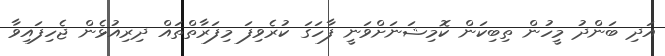
އަދި ބަންދު މީހުން ތިބިކަން ކޮމިޝަނަށްވަނީ ފާހަގަ ކުރެވިފަ މިފަރާތްތައް ދިރިއުޅެން ޖެހިފައިވާ